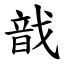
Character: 戠